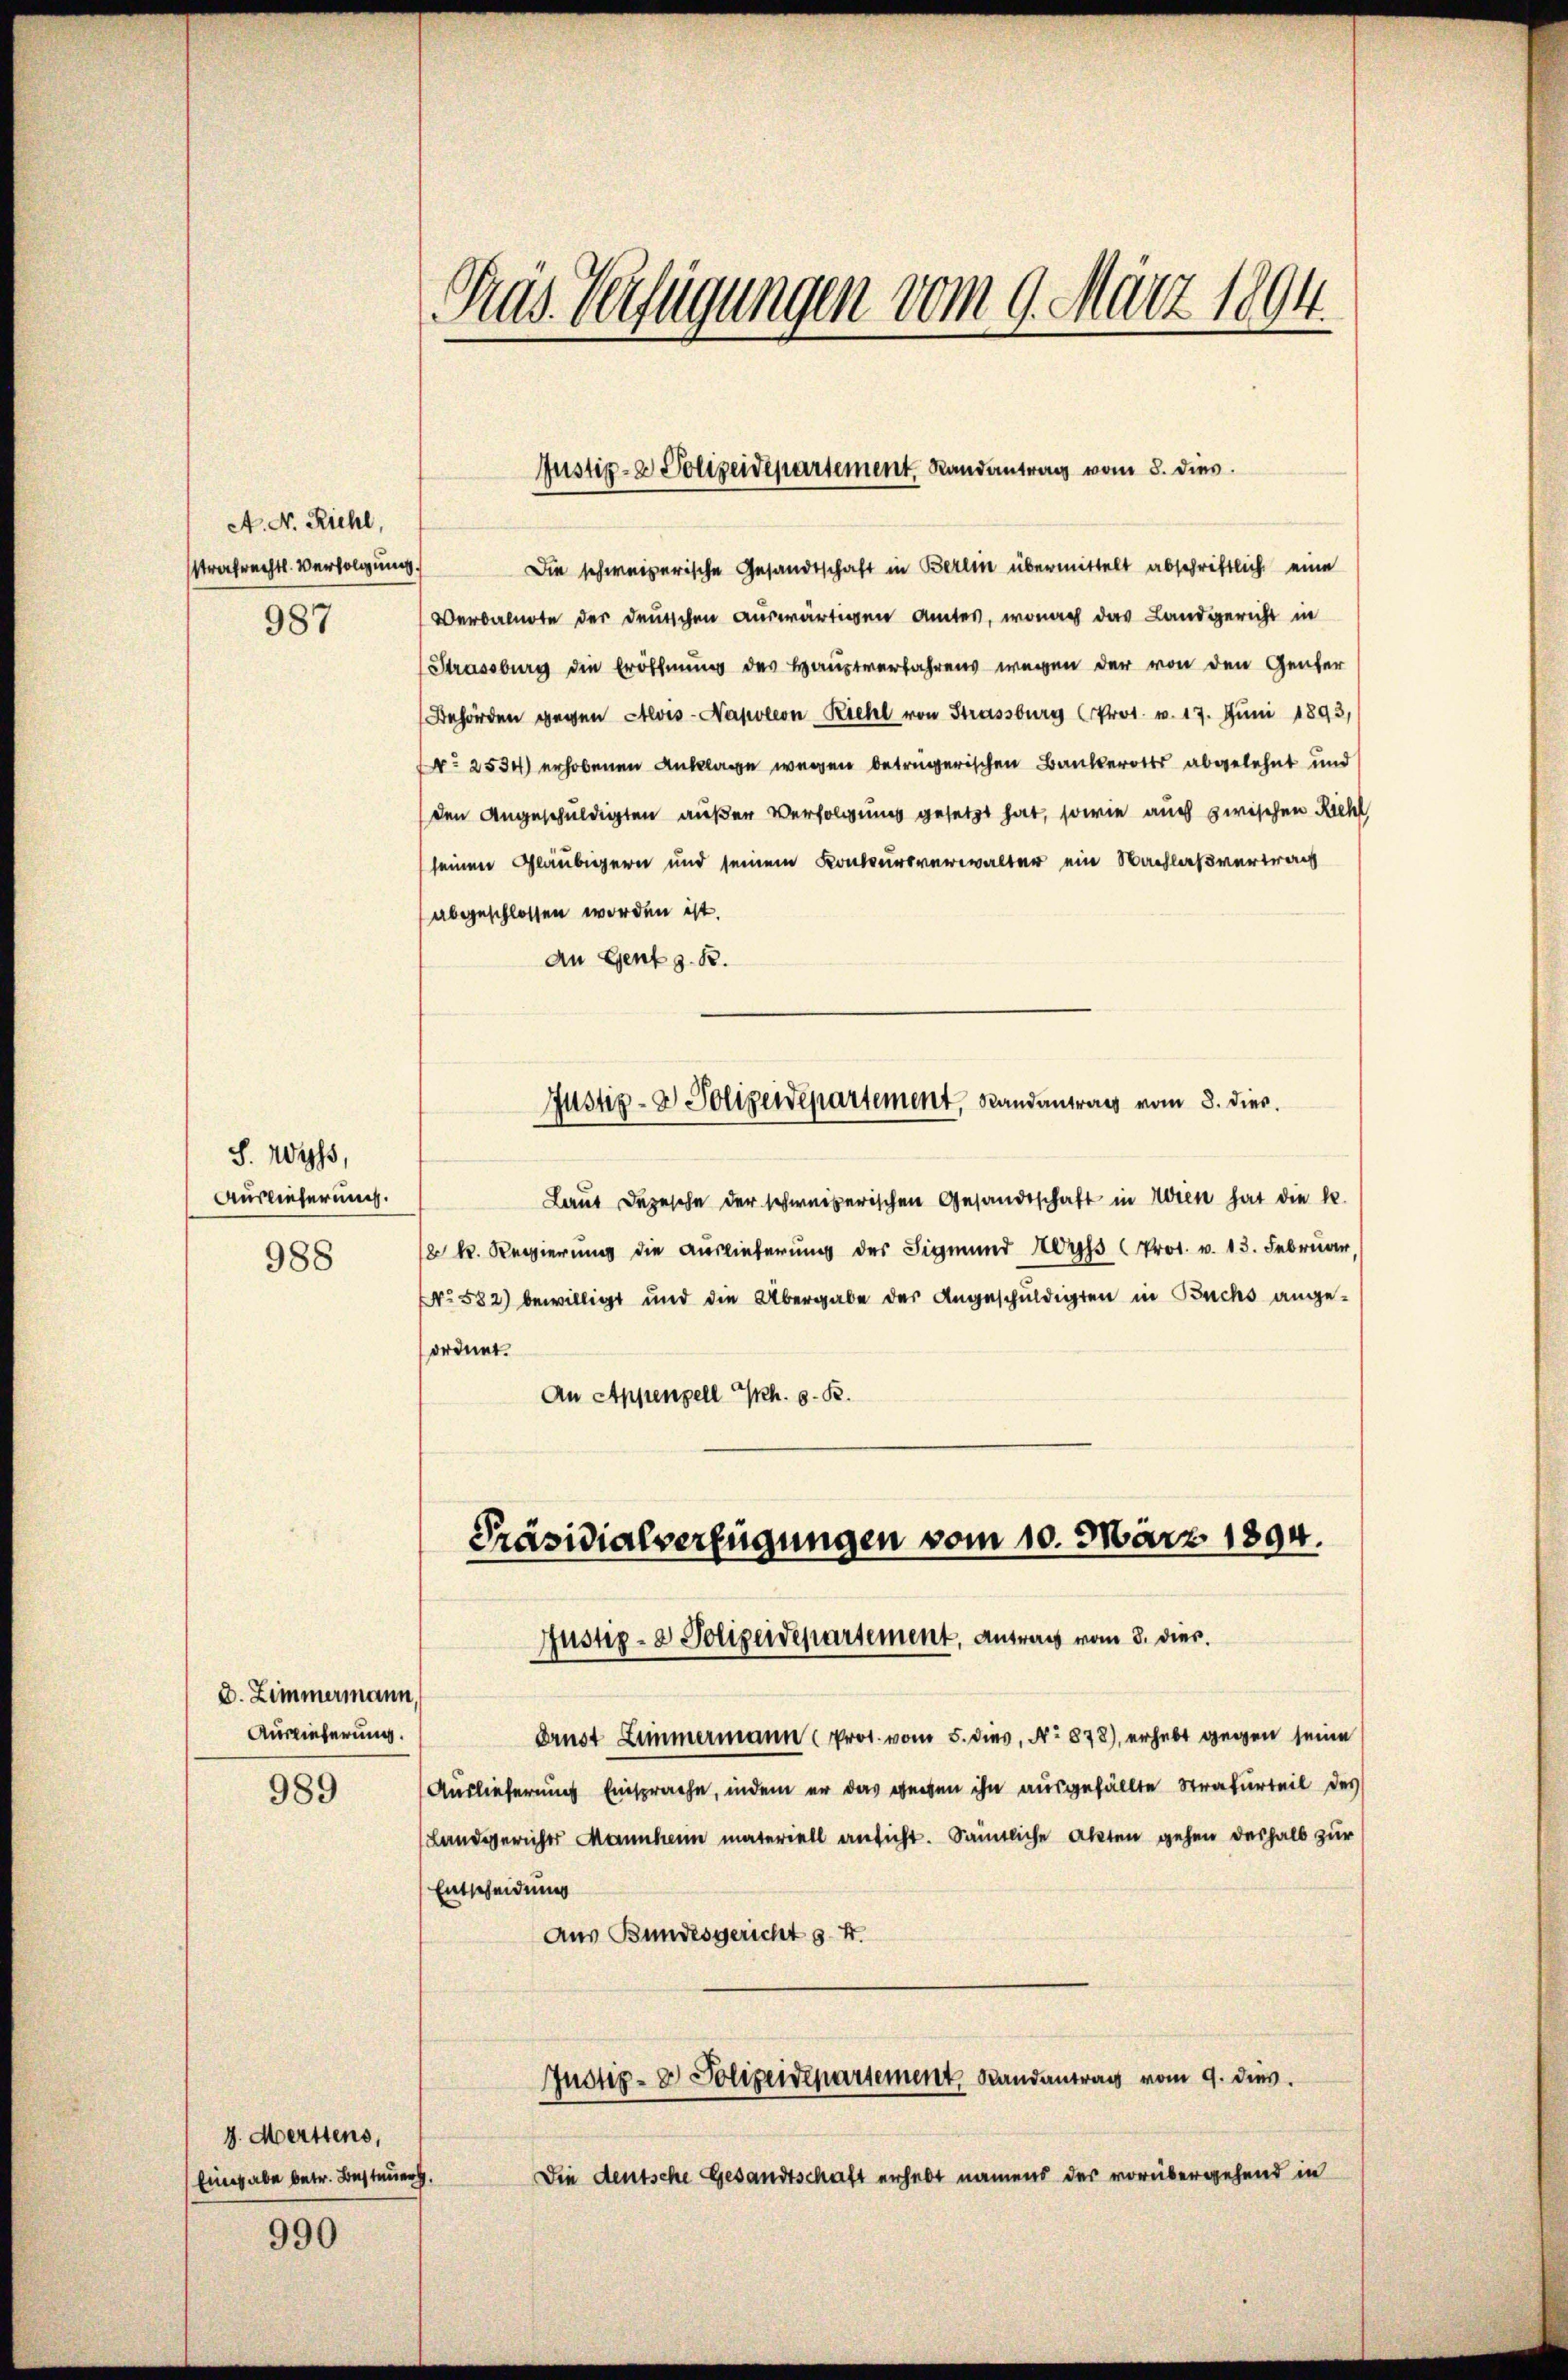
A. N. Richl,
strafrechts-Verfolgung.
987

S. Wyss,
Auslieferung.
988

D. Zimmermann,
Auslieferung.
989

990

4. Merttens,
Eingabe betr. Besteuer.

Pras. Verfügungen vom 9. März 1894.

Die schweizerische Gesandtschaft in Berlin übermittelt abschriftlich eine
Verbalnote der deutschen auswärtigen Amtes, wonach das Landgericht in
Strassburg die Eröffnung des Hauptverfahrens wegen der von den Genfer
Behörden gegen Alois-Napoleon Riehl von Strassburg (Prot. v. 17. Juni 1893,
o 2534) erhobenen Anklage wegen betrügerischen Bankerotts abgelehnt und
den Angeschuldigten außer Verfolgung gesetzt hat, sowie auch zwischen Riehl
seinen Gläubigern und seinem Konkursverwalter ein Nachlaßvertrag
abgeschlossen worden ist.
An Genf z. B.
Justiz- & Polizeidepartement, Randantrag vom 8. dies.
Laut Depesche der schweizerischen Gesandtschaft in Wien hat die k.
 k. Regierung die Auslieferung der Sigmund Korps Prot. v. 13. Februar
No 582) bewilligt und die Übergabe der Angeschuldigten in Buchs angeordnet.
An Appenzell Sch. s. B.

Justiz- & Polizeidepartement, Randantrag vom 8. dies

Präsidialverfügungen vom 10. März 1894.
Justiz- & Polizeidepartement, Antrag vom 8. dies.

Ernst Zimmermann (Prot. vom 5. dies, No 878), erhebt gegen seine
Auslieferung Einsprache, indem er das gegen ihn ausgefällte Strafurteil des
Landgericher Mannheim materiell ansicht. Sämtliche Akten gehen deshalb zur
Entscheidung
Aus Bundesgericht s. f.
Justiz- & Polizeidepartement, Landantrag vom 9. dies.
Die deutsche Gesandtschaft erhebt namens der vorübergehend in